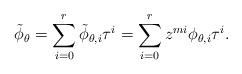
LaTeX: \begin{align*} \tilde{\phi}_{\theta}=\sum_{i=0}^r\tilde{\phi}_{\theta,i}\tau^i=\sum_{i=0}^rz^{mi}\phi_{\theta,i}\tau^i .\end{align*}